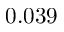
0 . 0 3 9